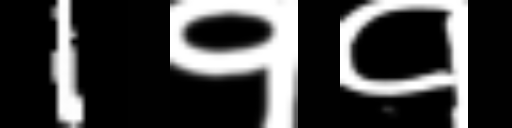
Text: 1११